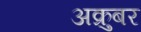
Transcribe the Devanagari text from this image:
अक्रुबर